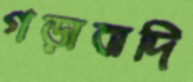
গড়াবাদি